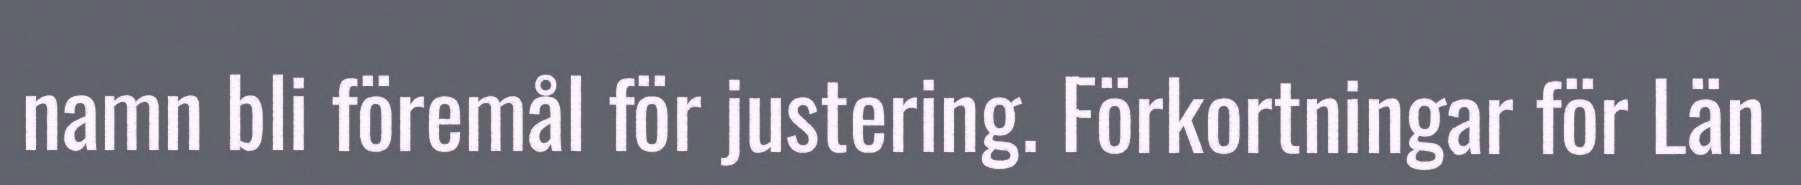
namn bli föremål för justering. Förkortningar för Län